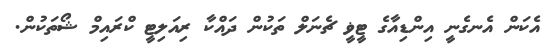
އެކަން އެނގެނީ އިންޑިއާގެ ޓީޥީ ޗެނަލް ތަކުން ދައްކާ ރިއަލިޓީ ކްރައިމް ޝޯތަކުން.